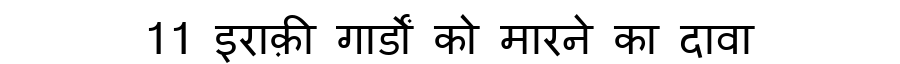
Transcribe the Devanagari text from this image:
11 इराक़ी गार्डों को मारने का दावा